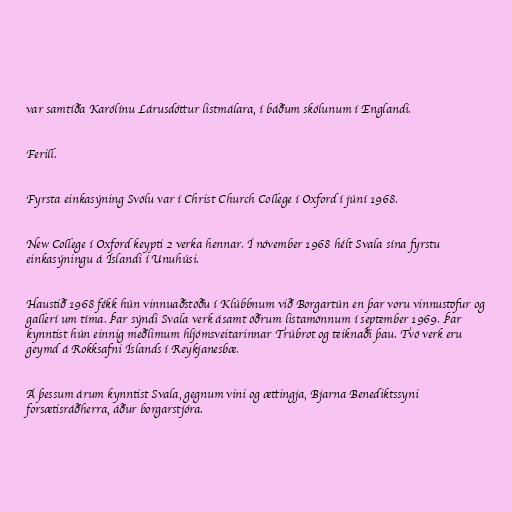
var samtíða Karólínu Lárusdóttur listmálara, í báðum skólunum í Englandi.

Ferill.

Fyrsta einkasýning Svölu var í Christ Church College í Oxford í júní 1968.

New College í Oxford keypti 2 verka hennar. Í nóvember 1968 hélt Svala sína fyrstu
einkasýningu á Íslandi í Unuhúsi.

Haustið 1968 fékk hún vinnuaðstöðu í Klúbbnum við Borgartún en þar voru vinnustofur og
gallerí um tíma. Þar sýndi Svala verk ásamt öðrum listamönnum í september 1969. Þar
kynntist hún einnig meðlimum hljómsveitarinnar Trúbrot og teiknaði þau. Tvö verk eru
geymd á Rokksafni Íslands í Reykjanesbæ.

Á þessum árum kynntist Svala, gegnum vini og ættingja, Bjarna Benediktssyni
forsætisráðherra, áður borgarstjóra.